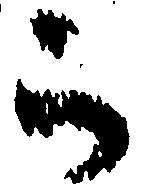
被